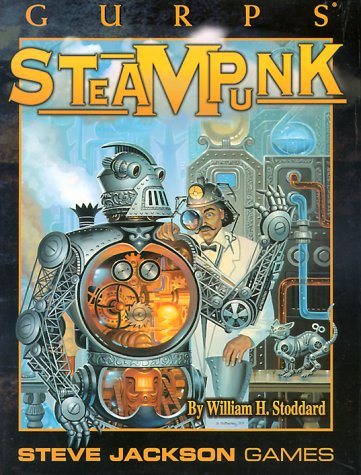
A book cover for Gurps Steampunk; William H. Stoddard; Science Fiction & Fantasy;